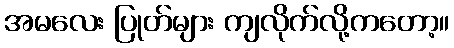
အမလေး ပြုတ်များ ကျလိုက်လို့ကတော့။